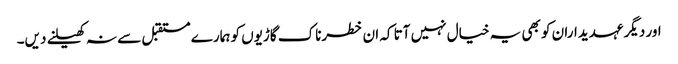
اور دیگر عہدیداران کو بھی یہ خیال نہیں آتا کہ ان خطرناک گاڑیوں کو ہمارے مستقبل سے نہ کھیلنے دیں۔